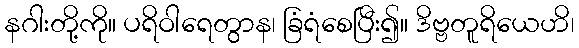
နဂါးတို့ကို။ ပရိဝါရေတွာန၊ ခြံရံစေပြီး၍။ ဒိဗ္ဗတူရိယေဟိ၊